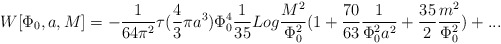
\begin{align*}W[\Phi_{0},a,M]=-{1 \over 64\pi^2}\tau ({4 \over 3}\pi a^3)\Phi_{0}^4{1 \over 35}Log{M^2 \over \Phi_{0}^2} (1+{70 \over 63} {1 \over\Phi_{0}^2 a^2}+{35 \over 2} {m^2 \over \Phi_{0}^2}) + ...\end{align*}